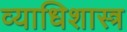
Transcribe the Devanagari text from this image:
व्याधिशास्त्र